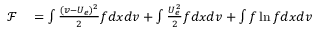
\begin{array} { r l } { \mathcal { F } } & { { } = \int \frac { ( v - U _ { e } ) ^ { 2 } } { 2 } f d x d v + \int \frac { U _ { e } ^ { 2 } } { 2 } f d x d v + \int f \ln f d x d v } \end{array}